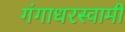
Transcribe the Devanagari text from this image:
गंगाधरस्वामी